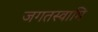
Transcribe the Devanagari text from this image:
जगतस्‍वामि